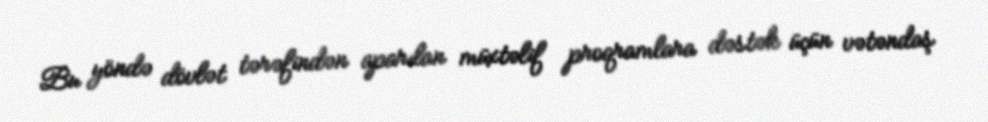
Bu yöndə dövlət tərəfindən aparılan müxtəlif proqramlara dəstək üçün vətəndaş